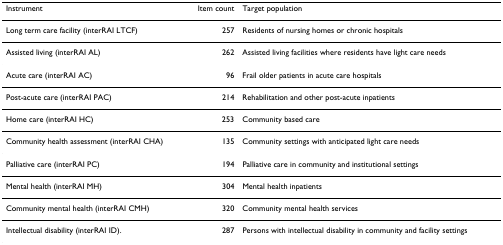
<table><thead><tr><td><b>Instrument</b></td><td><b>Item count</b></td><td><b>Target population</b></td></tr></thead><tbody><tr><td>Long term care facility (interRAI LTCF)</td><td>257</td><td>Residents of nursing homes or chronic hospitals</td></tr><tr><td>Assisted living (interRAI AL)</td><td>262</td><td>Assisted living facilities where residents have light care needs</td></tr><tr><td>Acute care (interRAI AC)</td><td>96</td><td>Frail older patients in acute care hospitals</td></tr><tr><td>Post-acute care (interRAI PAC)</td><td>214</td><td>Rehabilitation and other post-acute inpatients</td></tr><tr><td>Home care (interRAI HC)</td><td>253</td><td>Community based care</td></tr><tr><td>Community health assessment (interRAI CHA)</td><td>135</td><td>Community settings with anticipated light care needs</td></tr><tr><td>Palliative care (interRAI PC)</td><td>194</td><td>Palliative care in community and institutional settings</td></tr><tr><td>Mental health (interRAI MH)</td><td>304</td><td>Mental health inpatients</td></tr><tr><td>Community mental health (interRAI CMH)</td><td>320</td><td>Community mental health services</td></tr><tr><td>Intellectual disability (interRAI ID).</td><td>287</td><td>Persons with intellectual disability in community and facility settings</td></tr></tbody></table>